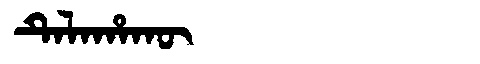
Manchu: ᡨᡝᠯᠠᡥᠠᡴᡡ
Romanization: TELAHAKŪ